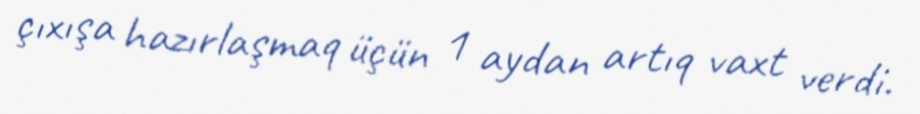
çıxışa hazırlaşmaq üçün 1 aydan artıq vaxt verdi.